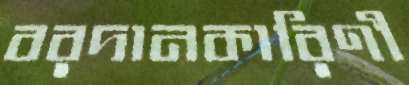
বরদানকারিণী